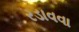
રડાવવા